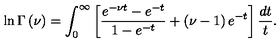
\ln \Gamma \left( \nu \right) = \int _ { 0 } ^ { \infty } \left[ \frac { e ^ { - \nu t } - e ^ { - t } } { 1 - e ^ { - t } } + \left( \nu - 1 \right) e ^ { - t } \right] \frac { d t } t .